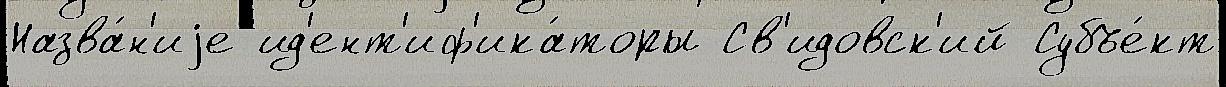
Назва́н'иjе ид'ент'иф'ика́торы Св'идовск'ий Субъе́кт